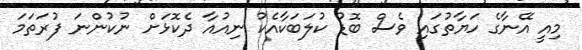
މިއީ އޭނާގެ ހަޔާތުގައި ވެސް ބޮޑު ކުލަބަކާއެކު ނިއުއާ ދެކޮޅަށް ނުކުންނަ ފުރަތަމަ